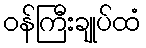
ဝန်ကြီးချုပ်ထံ